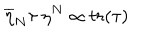
\overline { { { \eta } } } _ { N } \tau \: \eta ^ { N } \propto t r ( \tau )